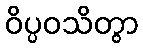
ဝိပ္ပဝသိတွာ